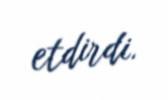
etdirdi.